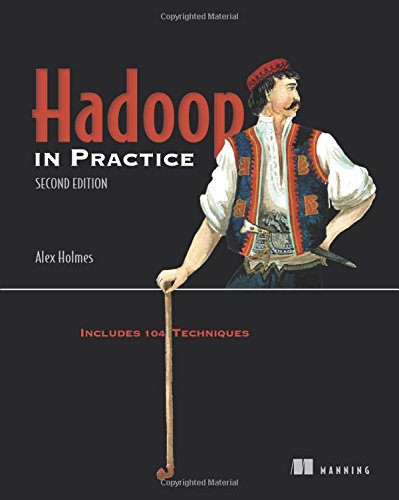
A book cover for Hadoop in Practice; Alex Holmes; Computers & Technology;